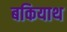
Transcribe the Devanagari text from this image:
बकियाथ